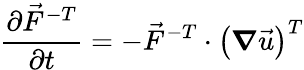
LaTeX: \frac{\partial\vec{F}^{-T}}{\partial t}=-\vec{F}^{-T}\cdot\left(\boldsymbol{\nabla}\vec{u}\right)^{T}